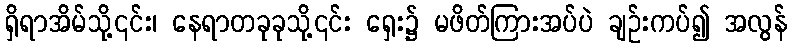
ရှိရာအိမ်သို့၎င်း၊ နေရာတခုခုသို့၎င်း ရှေး၌ မဖိတ်ကြားအပ်ပဲ ချဉ်းကပ်၍ အလွန်